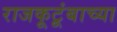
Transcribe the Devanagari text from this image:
राजकूटूंबाच्या